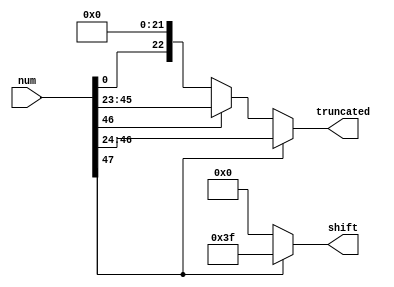
`timescale 1ns / 1ps
//////////////////////////////////////////////////////////////////////////////////
// Company: 
// Engineer: 
// 
// Design Name: 
// Module Name: floatmult
// Project Name: 
// Target Devices: 
// Tool Versions: 
// Description: 
// 
// Dependencies: 
// 
// Revision:
// Revision 0.01 - File Created
// Additional Comments:
// 
//////////////////////////////////////////////////////////////////////////////////


module truncmult(
input [47:0] num,
output reg [22:0] truncated,
output reg [5:0] shift
    );
reg [47:0] shiftedfrac;    
integer i = 0;
always @ (*)
    begin
    if (num[47])
        begin
        shift = -1;
        truncated = num[46:24];
        end
    else if (num[46])
        begin
        shift = 0;
        truncated = num[45:23];    
        end
    else
        begin
                for (i = 0; i < 46; i = i + 1)
                    begin
                        if(num[i]==1)
                            begin
                            shift = i;
                            end
                    end
                shift = 46 - i;
                shiftedfrac = num << i;
                truncated = shiftedfrac[46:24];
        end    
    end    
endmodule